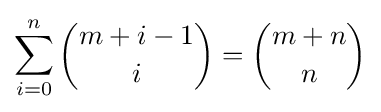
\sum _{i=0}^{n}{m+i-1 \choose i}={m+n \choose n}